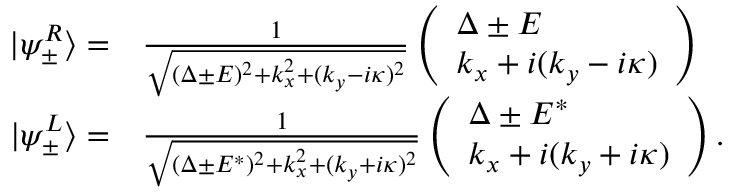
\begin{array} { r l } { | \psi _ { \pm } ^ { R } \rangle = } & { { } \frac { 1 } { \sqrt { ( \Delta \pm E ) ^ { 2 } + k _ { x } ^ { 2 } + ( k _ { y } - i \kappa ) ^ { 2 } } } \left( \begin{array} { l } { \Delta \pm E } \\ { k _ { x } + i ( k _ { y } - i \kappa ) } \end{array} \right) } \\ { | \psi _ { \pm } ^ { L } \rangle = } & { { } \frac { 1 } { \sqrt { ( \Delta \pm E ^ { * } ) ^ { 2 } + k _ { x } ^ { 2 } + ( k _ { y } + i \kappa ) ^ { 2 } } } \left( \begin{array} { l } { \Delta \pm E ^ { * } } \\ { k _ { x } + i ( k _ { y } + i \kappa ) } \end{array} \right) . } \end{array}